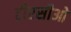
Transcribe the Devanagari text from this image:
टीएसीओ